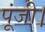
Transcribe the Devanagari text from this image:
पूंजी।